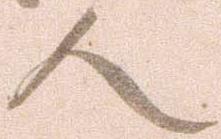
人